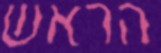
הראש